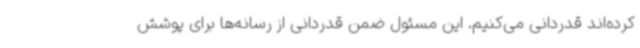
کرده‌اند قدردانی می‌کنیم. این مسئول ضمن قدردانی از رسانه‌ها برای پوشش